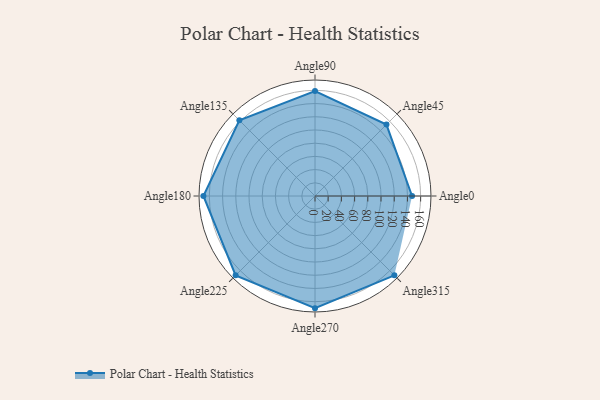
{"axis": {"x": "Angle", "y": "Radius"}, "legend": [""], "data": [{"x": "Angle0", "y": 147.0, "type": ""}, {"x": "Angle45", "y": 153.0, "type": ""}, {"x": "Angle90", "y": 159.0, "type": ""}, {"x": "Angle135", "y": 162.0, "type": ""}, {"x": "Angle180", "y": 169.0, "type": ""}, {"x": "Angle225", "y": 170, "type": ""}, {"x": "Angle270", "y": 170, "type": ""}, {"x": "Angle315", "y": 170, "type": ""}]}